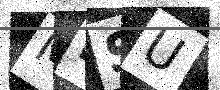
Text: MPSU